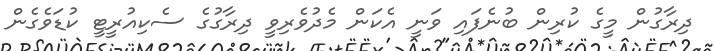
ދިރާގުން މީގެ ކުރިން ބުނެފައި ވަނީ އެކަން މެދުވެރިވީ ދިރާގުގެ ސެކިއުރީޓީ ކުޑަވެގެން